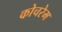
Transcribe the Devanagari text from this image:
कोचरेम